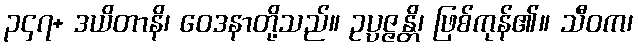
၃၄၇+ ဒယိတာနိ၊ ဝေဒနာတို့သည်။ ဥပ္ပဇ္ဇန္တိ၊ ဖြစ်ကုန်၏။ သီဝက၊